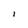
Character: l